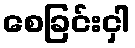
စေခြင်းငှါ